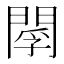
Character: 𨴫